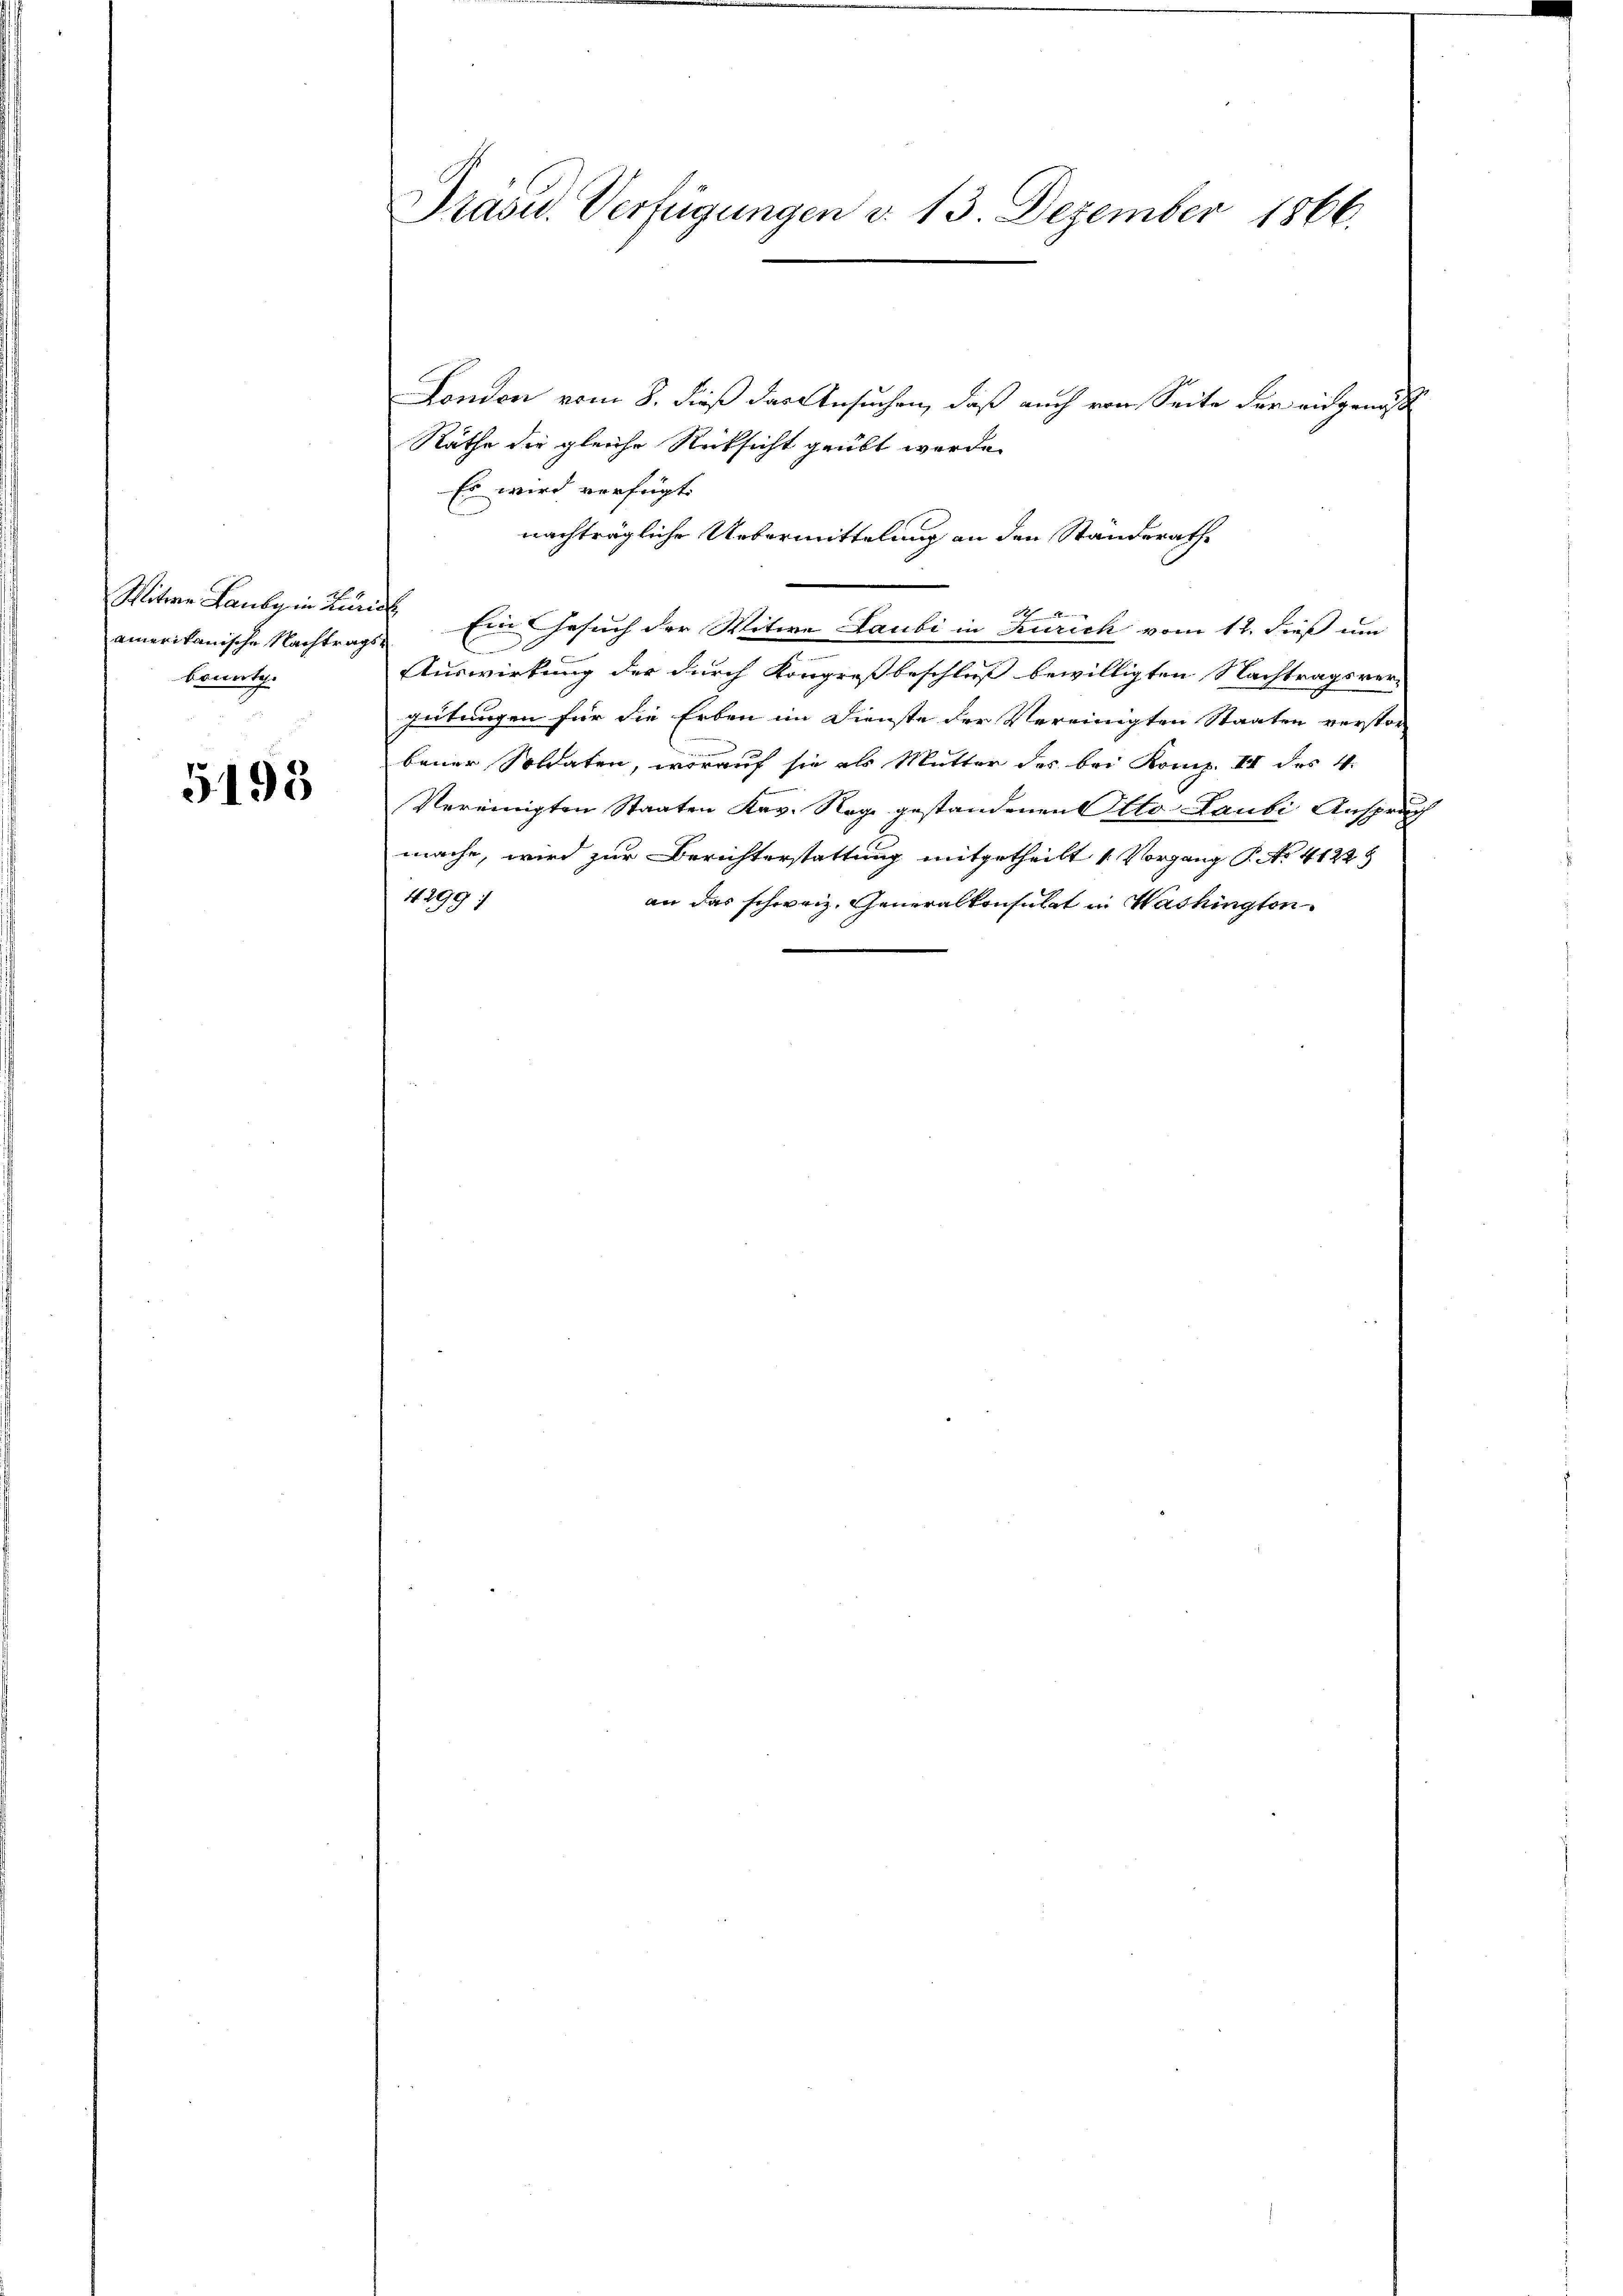
amerikanische Nachtragskonnte.

5195

Präsid. Verfügungen d. 13. Dezember 1866.

London vom 8. dieß das Ansuchen, daß auch von Seite der eidgenöss
Räthe die gleiche Rücksicht geübt werde.
Es wird verfügt:
nachträgliche Uebermittelung an den Standerathe
Witwe Laube in Linie Ein Gesuch der Witwe Laubi in Zürich vom 12. dieß um
C
Auswirkung der durch Kongreß beschluß bewilligten Nachtragsver-
gütungen für die Erben im Dienste der Vereinigten Staaten verstor
bener Soldaten, worauf sie als Mutter des bei Komp. III des 4.
Vereinigten Staaten Keg. Rege gestandenen Otto Laubi Anspräg
mache, wird zur Berichterstattung mitgetheilt (Vorgang P. No 4122 8
4299:
an das schweiz. Generalkonsulat in Washington